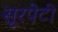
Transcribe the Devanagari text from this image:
सूरपेटी